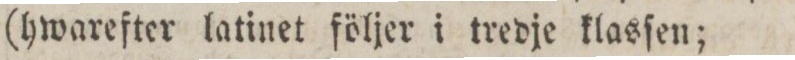
(hwarefter latinet följer i tredje klasſen;